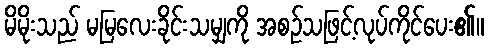
မိမိုးသည် မမြလေးခိုင်းသမျှကို အစဉ်သဖြင့်လုပ်ကိုင်ပေး၏။